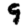
Digit: 9